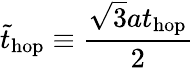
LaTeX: \tilde{t}_{\mathrm{hop}}\equiv\frac{\sqrt{3}at_{\mathrm{hop}}}{2}